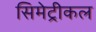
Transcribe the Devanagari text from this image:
सिमेट्रीकल